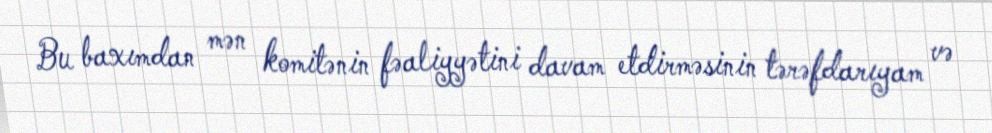
Bu baxımdan mən komitənin fəaliyyətini davam etdirməsinin tərəfdarıyam və